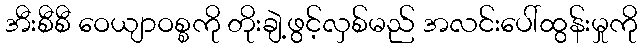
အီးစီစီ ဝေယျာဝစ္စကို တိုးချဲ့ဖွင့်လှစ်မည် အလင်းပေါ်ထွန်းမှုကို